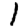
Digit: 1